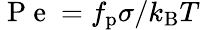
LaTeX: \mathrm{~P~e~}=f_{\mathrm{p}}\sigma/k_{\mathrm{B}}T